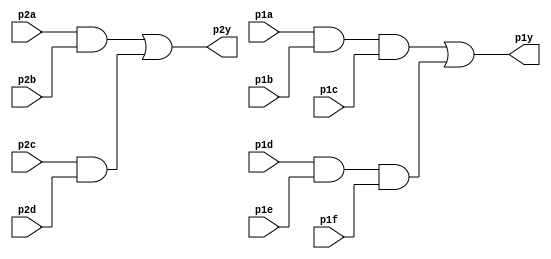
module top_module ( 
    input p1a, p1b, p1c, p1d, p1e, p1f,
    output p1y,
    input p2a, p2b, p2c, p2d,
    output p2y );
    wire w1, w2, w3, w4;
    
    and g1(w1,p1a,p1b,p1c);
    and g2(w2,p1d,p1e,p1f);
    or g3(p1y,w1,w2);
    
    and g4(w3,p2a,p2b);
    and g5(w4,p2c,p2d);
    or g6(p2y,w3,w4);


endmodule